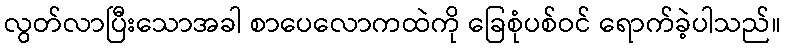
လွတ်လာပြီးသောအခါ စာပေလောကထဲကို ခြေစုံပစ်ဝင် ရောက်ခဲ့ပါသည်။